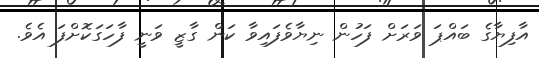
އާފިޔާގެ ބައްޕަ ވަރަށް ފަހުން ނިޔާވެފައިވާ ކަން ގާޒީ ވަނީ ފާހަގަކޮށްފަ އެވެ.